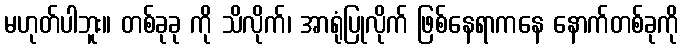
မဟုတ်ပါဘူး။ တစ်ခုခု ကို သိလိုက်၊ အာရုံပြုလိုက် ဖြစ်နေရာကနေ နောက်တစ်ခုကို